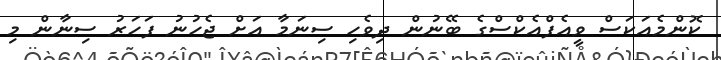
ކޮންމެއަކަސް ވީއެފްއެކްސްގެ ބޭނުން ދިވެހި ސިނަމާ އަށް ޖެހުނު ފަހަރު ސިނާން މި